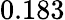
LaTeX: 0.183